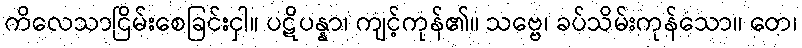
ကိလေသာငြိမ်းစေခြင်းငှါ။ ပဋိပန္နာ၊ ကျင့်ကုန်၏။ သဗ္ဗေ၊ ခပ်သိမ်းကုန်သော။ တေ၊